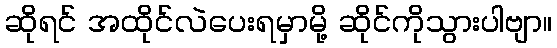
ဆိုရင် အထိုင်လဲပေးရမှာမို့ ဆိုင်ကိုသွားပါဗျာ။